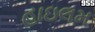
હાઇલમ